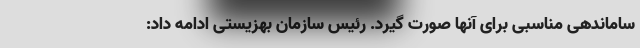
ساماندهی مناسبی برای آنها صورت گیرد. رئیس سازمان بهزیستی ادامه داد: